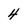
Character: 4